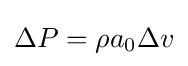
\Delta P=\rho a_{0}\Delta v